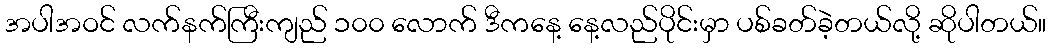
အပါအဝင် လက်နက်ကြီးကျည် ၁၀၀ လောက် ဒီကနေ့ နေ့လည်ပိုင်းမှာ ပစ်ခတ်ခဲ့တယ်လို့ ဆိုပါတယ်။